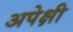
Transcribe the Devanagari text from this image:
अपेक्षी